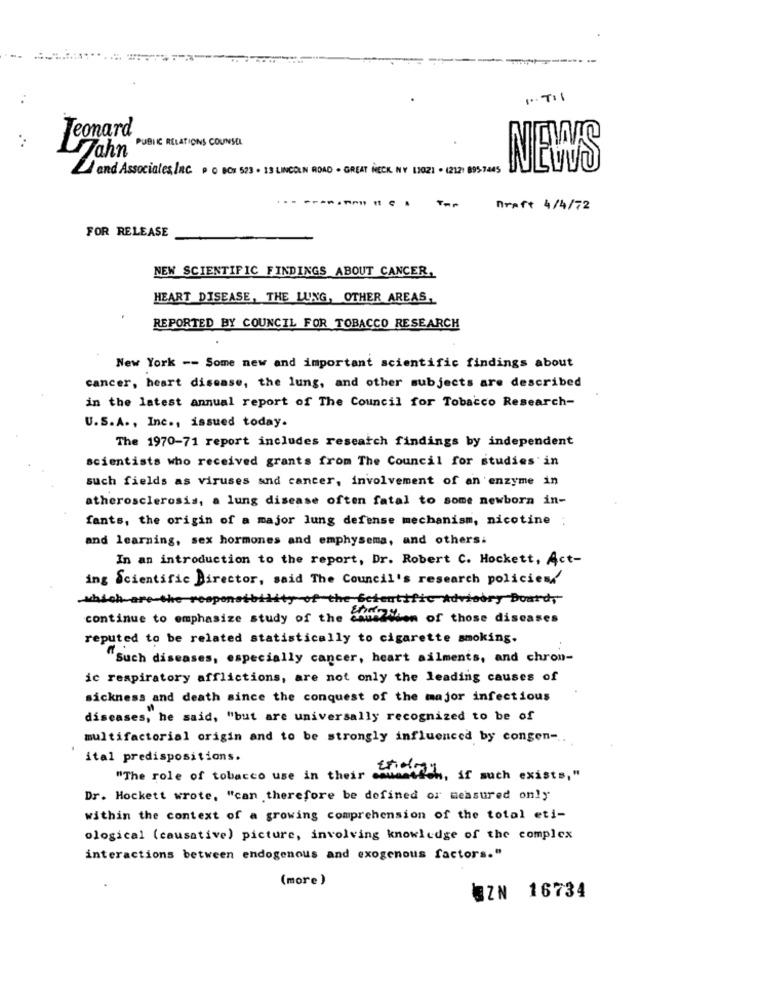
1.TI1
Jeonard
PUBLIC RELATIONS COUNSEL
Zahn
and Associates INC. P O BOX 523 . 13 LINCOLN ROAD . GREAT NECK NY 12021 . (212) 895-7445
NEWS
Draft 4/4/72
FOR RELEASE
NEW SCIENTIFIC FINDINGS ABOUT CANCER,
HEART DISEASE, THE LUNG, OTHER AREAS,
REPORTED BY COUNCIL FOR TOBACCO RESEARCH
New York -- Some new and important scientific findings about
cancer, heart disease, the lung, and other subjects are described
in the latest annual report of The Council for Tobacco Research-
U.S.A ., Inc ., issued today.
The 1970-71 report includes research findings by independent
scientists who received grants from The Council for studies'in
such fields as viruses and cancer, involvement of an enzyme in
atherosclerosis, a lung disease often fatal to some newborn in-
fants, the origin of a major lung defense mechanism, nicotine :
and learning, sex hormones and emphysema, and others.
In an introduction to the report, Dr. Robert C. Hockett, Act-
ing Scientific Director, said The Council's research policies/'
which are-the responsibility of the Scientific Advisory Board,
continue to emphasize study of the chualison of those diseases
reputed to be related statistically to cigarette smoking.
"Such diseases, especially cancer, heart ailments, and chron-
ic respiratory afflictions, are not only the leading causes of
sickness and death since the conquest of the major infectious
diseases, he said, "but are universally recognized to be of
multifactorial origin and to be strongly influenced by congen -.
ital predispositions.
"The role of tobacco use in their
this, if such exists, "
Dr. Hockett wrote, "can therefore be defined or measured only
within the context of a growing comprehension of the total eti-
ological (causative) picture, involving knowledge of the complex
interactions between endogenous and exogenous factors."
(more)
EZN 16734